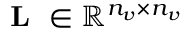
\textbf { L } \in \mathbb { R } ^ { n _ { v } \times n _ { v } }